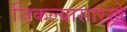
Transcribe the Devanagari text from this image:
जिंकल्यासारखे